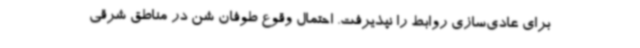
برای عادی‌سازی روابط را نپذیرفت. احتمال وقوع طوفان شن در مناطق شرقی